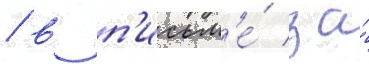
/ в п'исьм'е́ за́